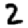
Digit: 2